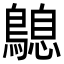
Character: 𪄛